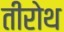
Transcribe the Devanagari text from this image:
तीरोथ